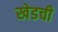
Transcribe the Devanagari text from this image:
खेडची